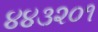
૪૪૩૨૦૧